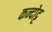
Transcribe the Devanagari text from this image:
कन्दोट्ट